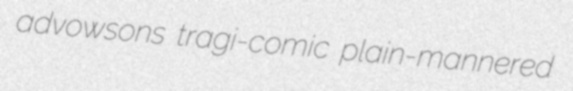
advowsons tragi-comic plain-mannered